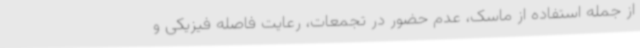
از جمله استفاده از ماسک، عدم حضور در تجمعات، رعایت فاصله فیزیکی و